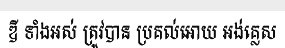
ឌី ទាំងអស់ ត្រូវបាន ប្រគល់អោយ អង់គ្លេស